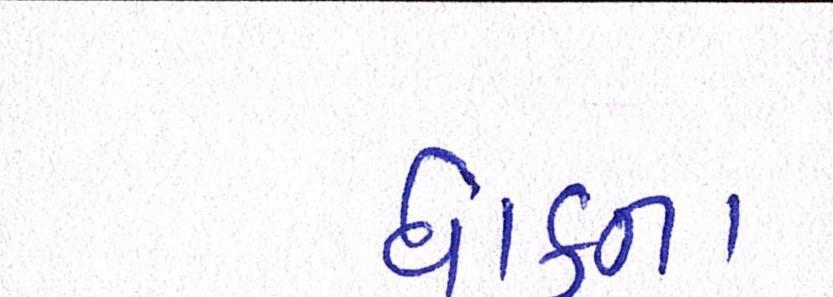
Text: ધાકના